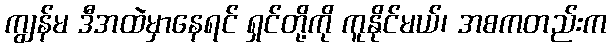
ကျွန်မ ဒီအထဲမှာနေရင် ရှင်တို့ကို ကူနိုင်မယ်၊ အစကတည်းက